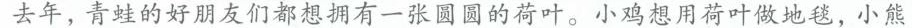
去年，青蛙的好朋友们都想拥有一张圆圆的荷叶。小鸡想用荷叶做地毯，小熊